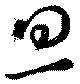
旦